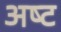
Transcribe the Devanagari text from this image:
अष्‍ट